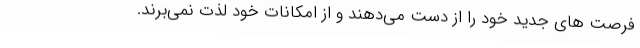
فرصت های جدید خود را از دست می‌دهند و از امکانات خود لذت نمی‌برند.